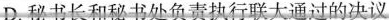
D.秘书长和秘书处负责执行联大通过的决议